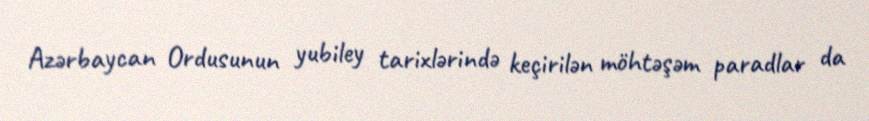
Azərbaycan Ordusunun yubiley tarixlərində keçirilən möhtəşəm paradlar da